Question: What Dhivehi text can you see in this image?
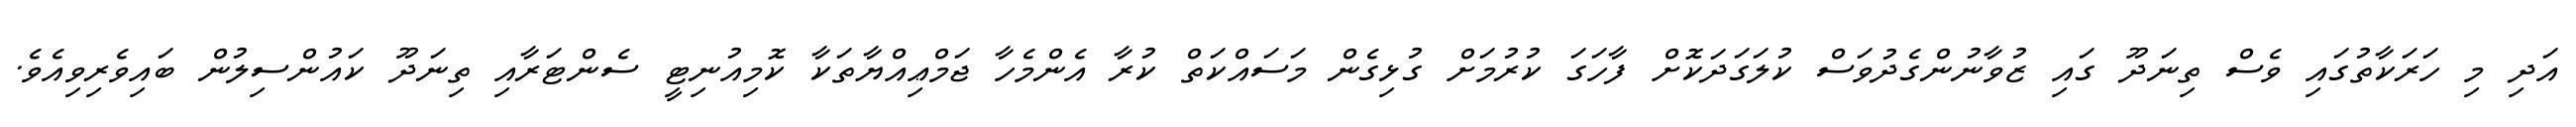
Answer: އަދި މި ހަރަކާތުގައި ވެސް ތިނަދޫ ގައި ޒުވާނުންގެދުވަސް ކުލަގަދަކޮށް ފާހަގަ ކުރުމަށް ގުޅިގެން މަސައްކަތް ކުރާ އެންމެހާ ޖަމްޢިއްޔާތަކާ ކޮމިއުނިޓީ ސެންޓަރާއި ތިނަދޫ ކައުންސިލުން ބައިވެރިވިއެވެ.